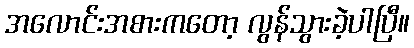
အလောင်းအစားကတော့ လွန်သွားခဲ့ပါပြီ။